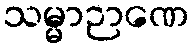
သမ္မာဉာဏေ